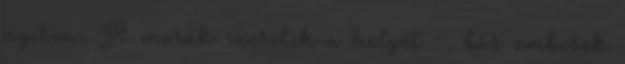
nyitva. A morák szeretik a helyet -, bár emberek